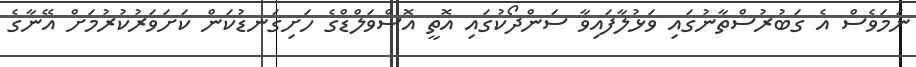
ނަމަވެސް އެ ގަބުރުސްތާނުގައި ވަޅުލާފައިވާ ސަންދޯކުގައި އޮތީ އޮސްވަލްޑްގެ ހަށިގަނޑުކަން ކަށަވަރުކުރުމަށް އޭނާގެ